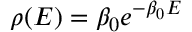
\rho ( E ) = \beta _ { 0 } e ^ { - \beta _ { 0 } E }